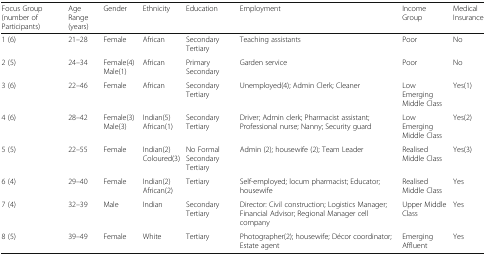
<table><thead><tr><td><b>Focus Group (number of Participants)</b></td><td><b>Age Range (years)</b></td><td><b>Gender</b></td><td><b>Ethnicity</b></td><td><b>Education</b></td><td><b>Employment</b></td><td><b>Income Group</b></td><td><b>Medical Insurance</b></td></tr></thead><tbody><tr><td>1 (6)</td><td>21–28</td><td>Female</td><td>African</td><td>Secondary Tertiary</td><td>Teaching assistants</td><td>Poor</td><td>No</td></tr><tr><td>2 (5)</td><td>24–34</td><td>Female(4) Male(1)</td><td>African</td><td>Primary Secondary</td><td>Garden service</td><td>Poor</td><td>No</td></tr><tr><td>3 (6)</td><td>22–46</td><td>Female</td><td>African</td><td>Secondary Tertiary</td><td>Unemployed(4); Admin Clerk; Cleaner</td><td>Low Emerging Middle Class</td><td>Yes(1)</td></tr><tr><td>4 (6)</td><td>28–42</td><td>Female(3) Male(3)</td><td>Indian(5) African(1)</td><td>Secondary Tertiary</td><td>Driver; Admin clerk; Pharmacist assistant; Professional nurse; Nanny; Security guard</td><td>Low Emerging Middle Class</td><td>Yes(2)</td></tr><tr><td>5 (5)</td><td>22–55</td><td>Female</td><td>Indian(2) Coloured(3)</td><td>No Formal Secondary Tertiary</td><td>Admin (2); housewife (2); Team Leader</td><td>Realised Middle Class</td><td>Yes(3)</td></tr><tr><td>6 (4)</td><td>29–40</td><td>Female</td><td>Indian(2) African(2)</td><td>Tertiary</td><td>Self-employed; locum pharmacist; Educator; housewife</td><td>Realised Middle Class</td><td>Yes</td></tr><tr><td>7 (4)</td><td>32–39</td><td>Male</td><td>Indian</td><td>Secondary Tertiary</td><td>Director: Civil construction; Logistics Manager; Financial Advisor; Regional Manager cell company</td><td>Upper Middle Class</td><td>Yes</td></tr><tr><td>8 (5)</td><td>39–49</td><td>Female</td><td>White</td><td>Tertiary</td><td>Photographer(2); housewife; Décor coordinator; Estate agent</td><td>Emerging Affluent</td><td>Yes</td></tr></tbody></table>